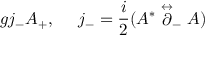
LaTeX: g j _ { - } { \cal A _ { + } } , \ \ \ \ j _ { - } = { \frac { i } { 2 } } ( A ^ { * } \stackrel { \leftrightarrow } { \partial } _ { - } A )